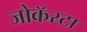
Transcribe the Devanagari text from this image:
जोकॅस्टा